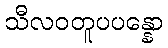
သီလဝတူပပန္နော